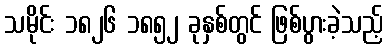
သမိုင်း ၁၈၂၆ ၁၈၅၂ ခုနှစ်တွင် ဖြစ်ပွားခဲ့သည့်